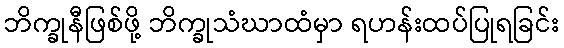
ဘိက္ခုနီဖြစ်ဖို့ ဘိက္ခုသံဃာထံမှာ ရဟန်းထပ်ပြုရခြင်း